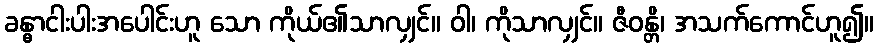
ခန္ဓာငါးပါးအပေါင်းဟူ သော ကိုယ်၏သာလျှင်။ ဝါ၊ ကိုသာလျှင်။ ဇီဝန္တိ၊ အသက်ကောင်ဟူ၍။